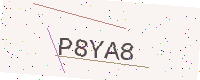
Text: P8YA8